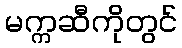
မက္ကဆီကိုတွင်